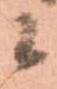
候